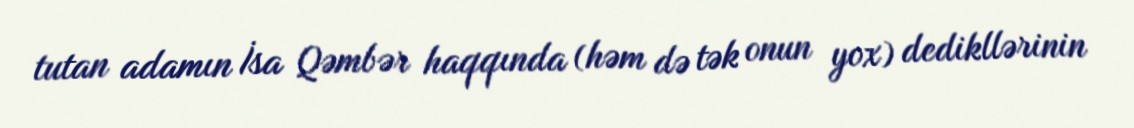
tutan adamın İsa Qəmbər haqqında (həm də tək onun yox) dedikllərinin